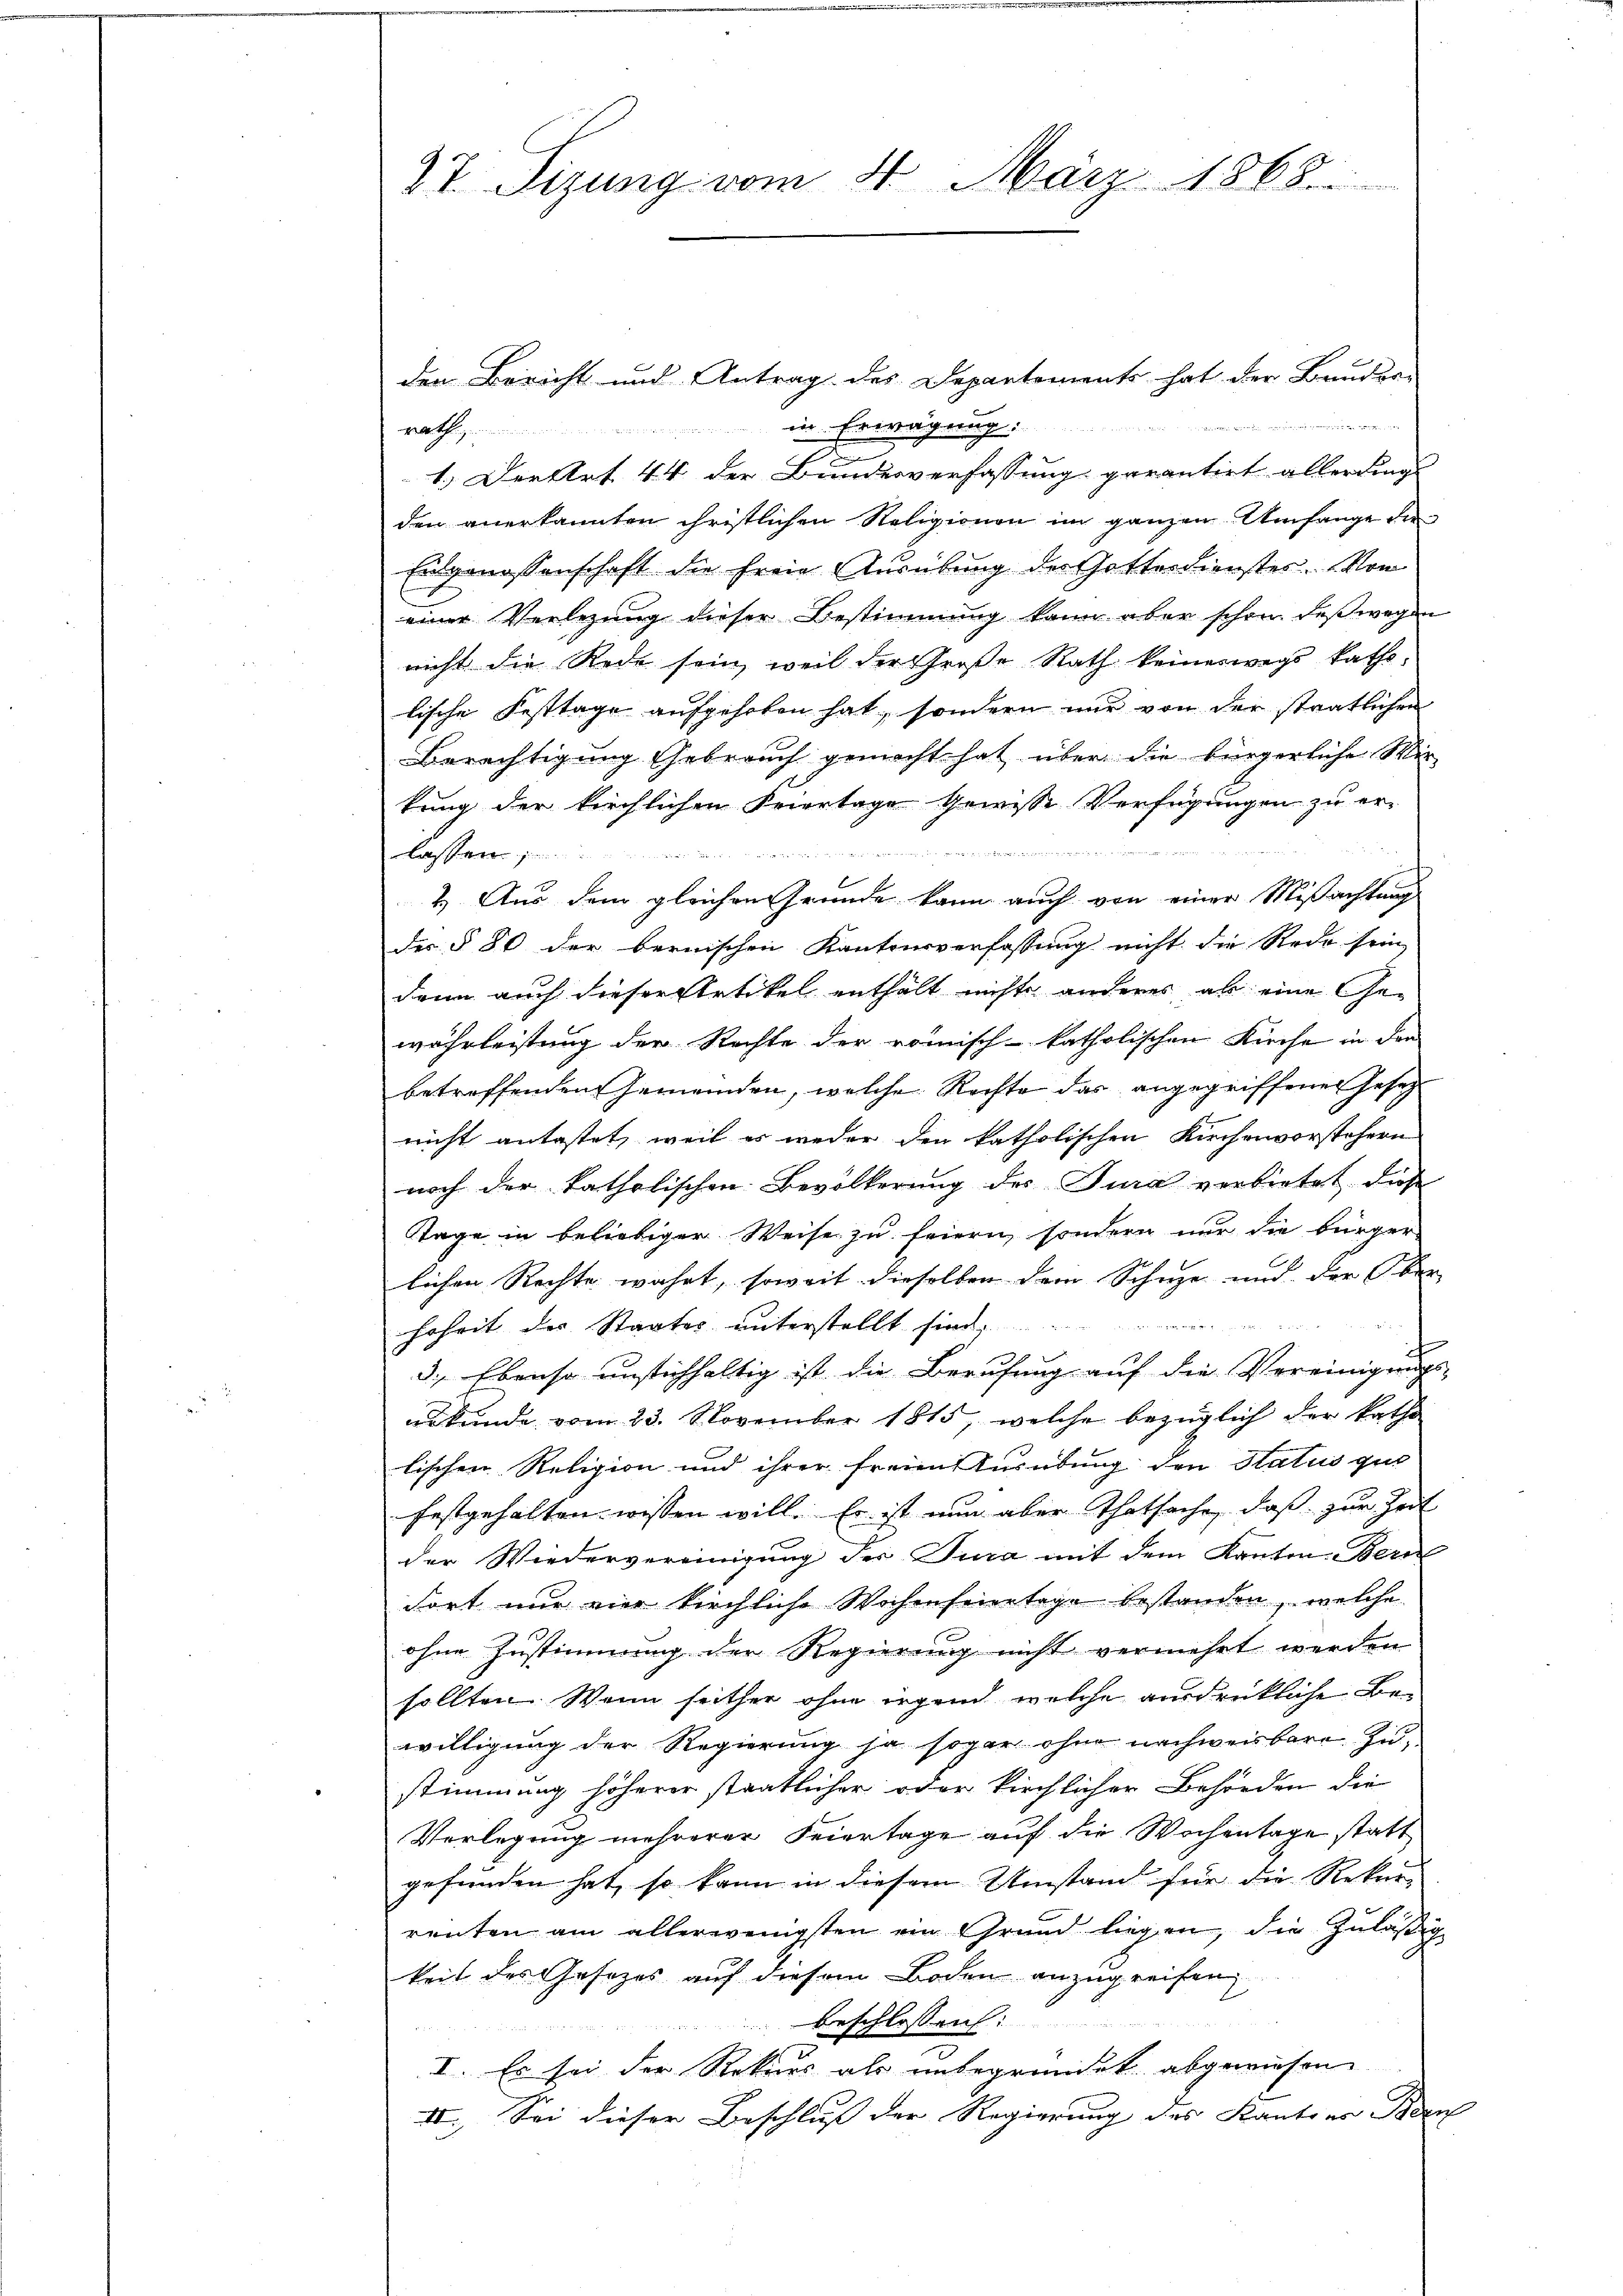
27. Sizung vom 4. März 1868.

den Bericht und Antrag des Departements hat der Bauder-
  und
rath in Erwägung:
s
1. Derttrt 44 der Bundesverfassung gerantirt allerdings
den anerkannten christlichen Religionen im ganzen Umfange die
Eidgenossenschaft die freie Ausübung der Gottesdienster. Von
einer Verlegung dieser Bestimmung kann aber schon deßwegen
nicht die Rede sein, weil der Große Rath keineswegs katholische Festtage aufgehoben hat, sondern nur von der stratlichen
Berechtigung Gebrauch gemacht hat über die bürgerliche Wir-
tung der kirchlichen Feiertage gewisse Verfügungen zu er-
meinen

lassen
2.) Aus dem gleichen Gründe kann auch von einer Mißachtung
des § 80 der bernischen Kantonsverfassung nicht die Rede sein
dann auch dieser Artikel enthält nichts anderes ab eine Gewährleistung der Rechte der römisch-katholischen Kirche in den
betreffenden Gemeinden, welche Rechte das angegriffener Gesetz
nicht antastet, weil es weder den katholischen Kirchenvorstehern
noch der katholischen Bevölkerung des Jura verbietet diese
Tage in beliebiger Weise zu feiern, sondern nur die bürger
lichen Rechte wahrt, soweit dieselben dem Schuze und der Ober-

hoheit des Staates unterstellt sind,
3., Ebenso unstichhaltig ist die Berufung auf die Vereinigungs-
urkunde vom 23. November 1815, welche bezüglich der katho
lischen Religion und ihrer freien Ausübung den Status gut
festgehalten wissen will. Er ist nun aber Thatsache, daß zur Zeit
der Wiedervereinigung der Jura mit dem Kanton Bern
dort nur eine kirchliche Wochenfeiertage bestanden, welche
ohne Zustimmung der Regierung nicht vermehrt werden
sollten. Wenn seither ohne irgend, welche ausdrückliche Bewilligung der Regierung ja sogar ohne nachweisbare Zustimmung höherer staatlicher oder kirchlicher Behörden die
Verlegung mehrerer Feiertage auf die Wochentage statt
gefunden hat, so kann in diesem Umstand für die Rekur-
renten am allerwenigsten ein Grund liegen, die zuläßig
keit des Gesetzes auf diesem Boden anzugreifen
beschlossen:
I. Es sei der Rekurs als unbegründet abgewiesen
II. Sei dieser Beschluß der Regierung des Kantons Bern